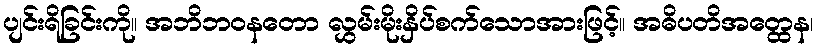
ပျင်းရိခြင်းကို။ အဘိဘဝနတော လွှမ်းမိုးနှိပ်စက်သောအားဖြင့်။ အဓိပတိအတ္ထေန၊